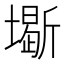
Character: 𡒧